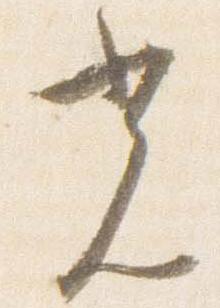
光